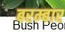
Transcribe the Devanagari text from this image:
बरम्बार